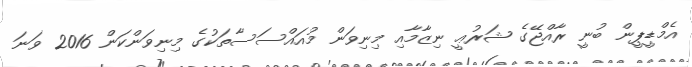
އެމްޑީޕީން ބުނީ ރާއްޖޭގެ ޝަރުޢީ ނިޒާމާއި މިނިވަން މުއައްސަސާތަކުގެ މިނިވަންކަން 2016 ވަނަ